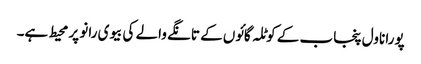
پورا ناول پنجاب کے کوٹلہ گائوں کے تانگے والے کی بیوی رانو پر محیط ہے۔